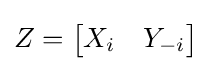
Z={\begin{bmatrix}X_{i}&Y_{-i}\end{bmatrix}}